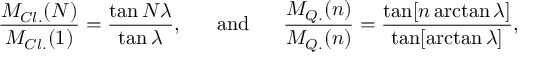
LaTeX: { \frac { M _ { C l . } ( N ) } { M _ { C l . } ( 1 ) } } = \displaystyle { { \frac { \tan N \lambda } { \tan \lambda } } } , \ \ \ \ \ \mathrm { a n d } \ \ \ \ \ { \frac { M _ { Q . } ( n ) } { M _ { Q . } ( n ) } } = \displaystyle { { \frac { \tan [ n \arctan \lambda ] } { \tan [ \arctan \lambda ] } } } ,